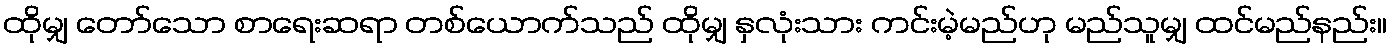
ထိုမျှ တော်သော စာရေးဆရာ တစ်ယောက်သည် ထိုမျှ နှလုံးသား ကင်းမဲ့မည်ဟု မည်သူမျှ ထင်မည်နည်း။